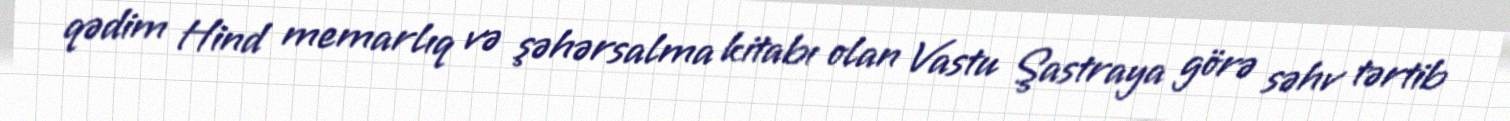
qədim Hind memarlıq və şəhərsalma kitabı olan Vastu Şastraya görə səhv tərtib